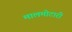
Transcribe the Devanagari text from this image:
मालमोटारी